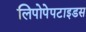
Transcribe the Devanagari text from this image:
लिपोपेपटाइडस